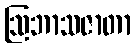
ဩဘာသဇာတာ